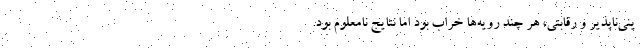
ینی‌ناپذیر و رقابتی، هر چند رویه‌ها خراب بود اما نتایج نامعلوم بود.